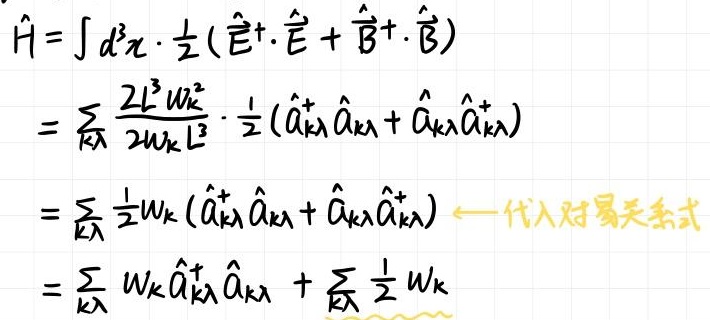
\[
\begin{align*}
\hat{H}&=\int d^{3}x\cdot\frac{1}{2}(\hat{\vec{E}}^{+}\cdot\hat{\vec{E}}+\hat{\vec{B}}^{+}\cdot\hat{\vec{B}})\\
&=\sum_{\vec{k}\lambda}\frac{2L^{3}\omega_{k}^{2}}{2\omega_{k}L^{3}}\cdot\frac{1}{2}(\hat{a}_{\vec{k}\lambda}^{+}\hat{a}_{\vec{k}\lambda}+\hat{a}_{\vec{k}\lambda}\hat{a}_{\vec{k}\lambda}^{+})\\
&=\sum_{\vec{k}\lambda}\frac{1}{2}\omega_{k}(\hat{a}_{\vec{k}\lambda}^{+}\hat{a}_{\vec{k}\lambda}+\hat{a}_{\vec{k}\lambda}\hat{a}_{\vec{k}\lambda}^{+})\quad\leftarrow\text{代入对易关系式}\\
&=\sum_{\vec{k}\lambda}\omega_{k}\hat{a}_{\vec{k}\lambda}^{+}\hat{a}_{\vec{k}\lambda}+\sum_{\vec{k}\lambda}\frac{1}{2}\omega_{k}
\end{align*}
\]